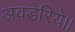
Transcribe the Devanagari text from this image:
अवडेरिये।।